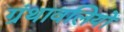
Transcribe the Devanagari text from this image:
ग्रंथावलियों